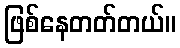
ဖြစ်နေတတ်တယ်။